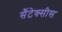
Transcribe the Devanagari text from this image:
सैंटेक्सीस